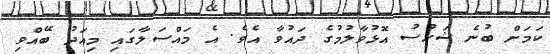
ކަމަށް ބުނެ ޝަހުސު އޮޅުވާލުމުގެ ދައުވާ އެވެ. އެ މައްސަލާގައި މިއަދު ބޭއްވި